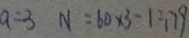
a = 3 N = 6 0 \times 3 - 1 1 7 9